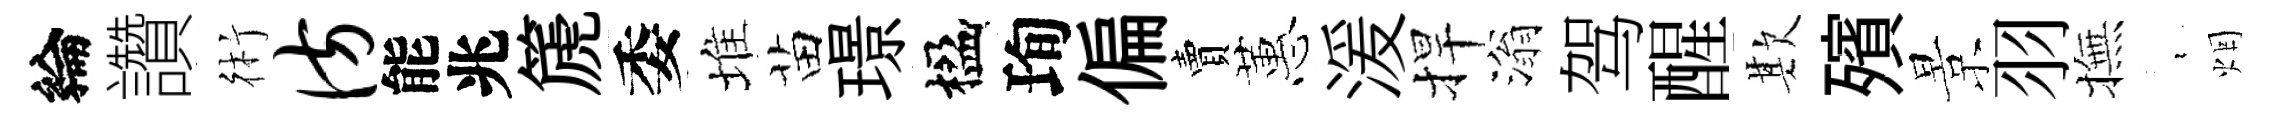
綸讚術彷能兆篪委堆苗璟楹珣偏賣蕙湲捍滃驾醒欺殯景羽撫裊烟